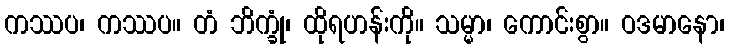
ကဿပ၊ ကဿပ။ တံ ဘိက္ခုံ၊ ထိုရဟန်းကို။ သမ္မာ၊ ကောင်းစွာ။ ဝဒမာနော၊